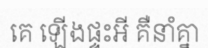
គេ ឡើងផ្ទះអី គឺនាំគ្នា